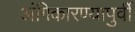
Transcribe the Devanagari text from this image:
अंगिकारण्यापुर्वी